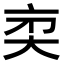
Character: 𠅑